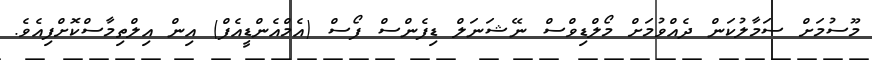
މޫސުމަށް ސަމާލުކަން ދެއްވުމަށް މޯލްޑިވްސް ނޭޝަނަލް ޑިފެންސް ފޯސް (އެމްއެންޑީއެފް) އިން އިލްތިމާސްކޮށްފިއެވެ.